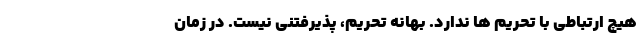
هیچ ارتباطی با تحریم ها ندارد. بهانه تحریم، پذیرفتنی نیست. در زمان